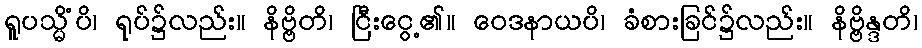
ရူပသ္မိံပိ၊ ရုပ်၌လည်း။ နိဗ္ဗိတိ၊ ငြီးငွေ့၏။ ဝေဒနာယပိ၊ ခံစားခြင်၌လည်း။ နိဗ္ဗိန္ဒတိ၊